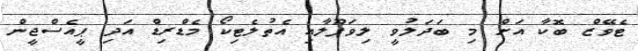
ޓެވޭޒް ބޮކާ އަށް މި ބަދަލުވީ ލިވަޕޫލާއި އެތުލެޓިކޯ މެޑްރިޑް އަދި ޕީއެސްޖީން